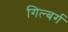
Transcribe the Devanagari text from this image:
गिल्बर्ग